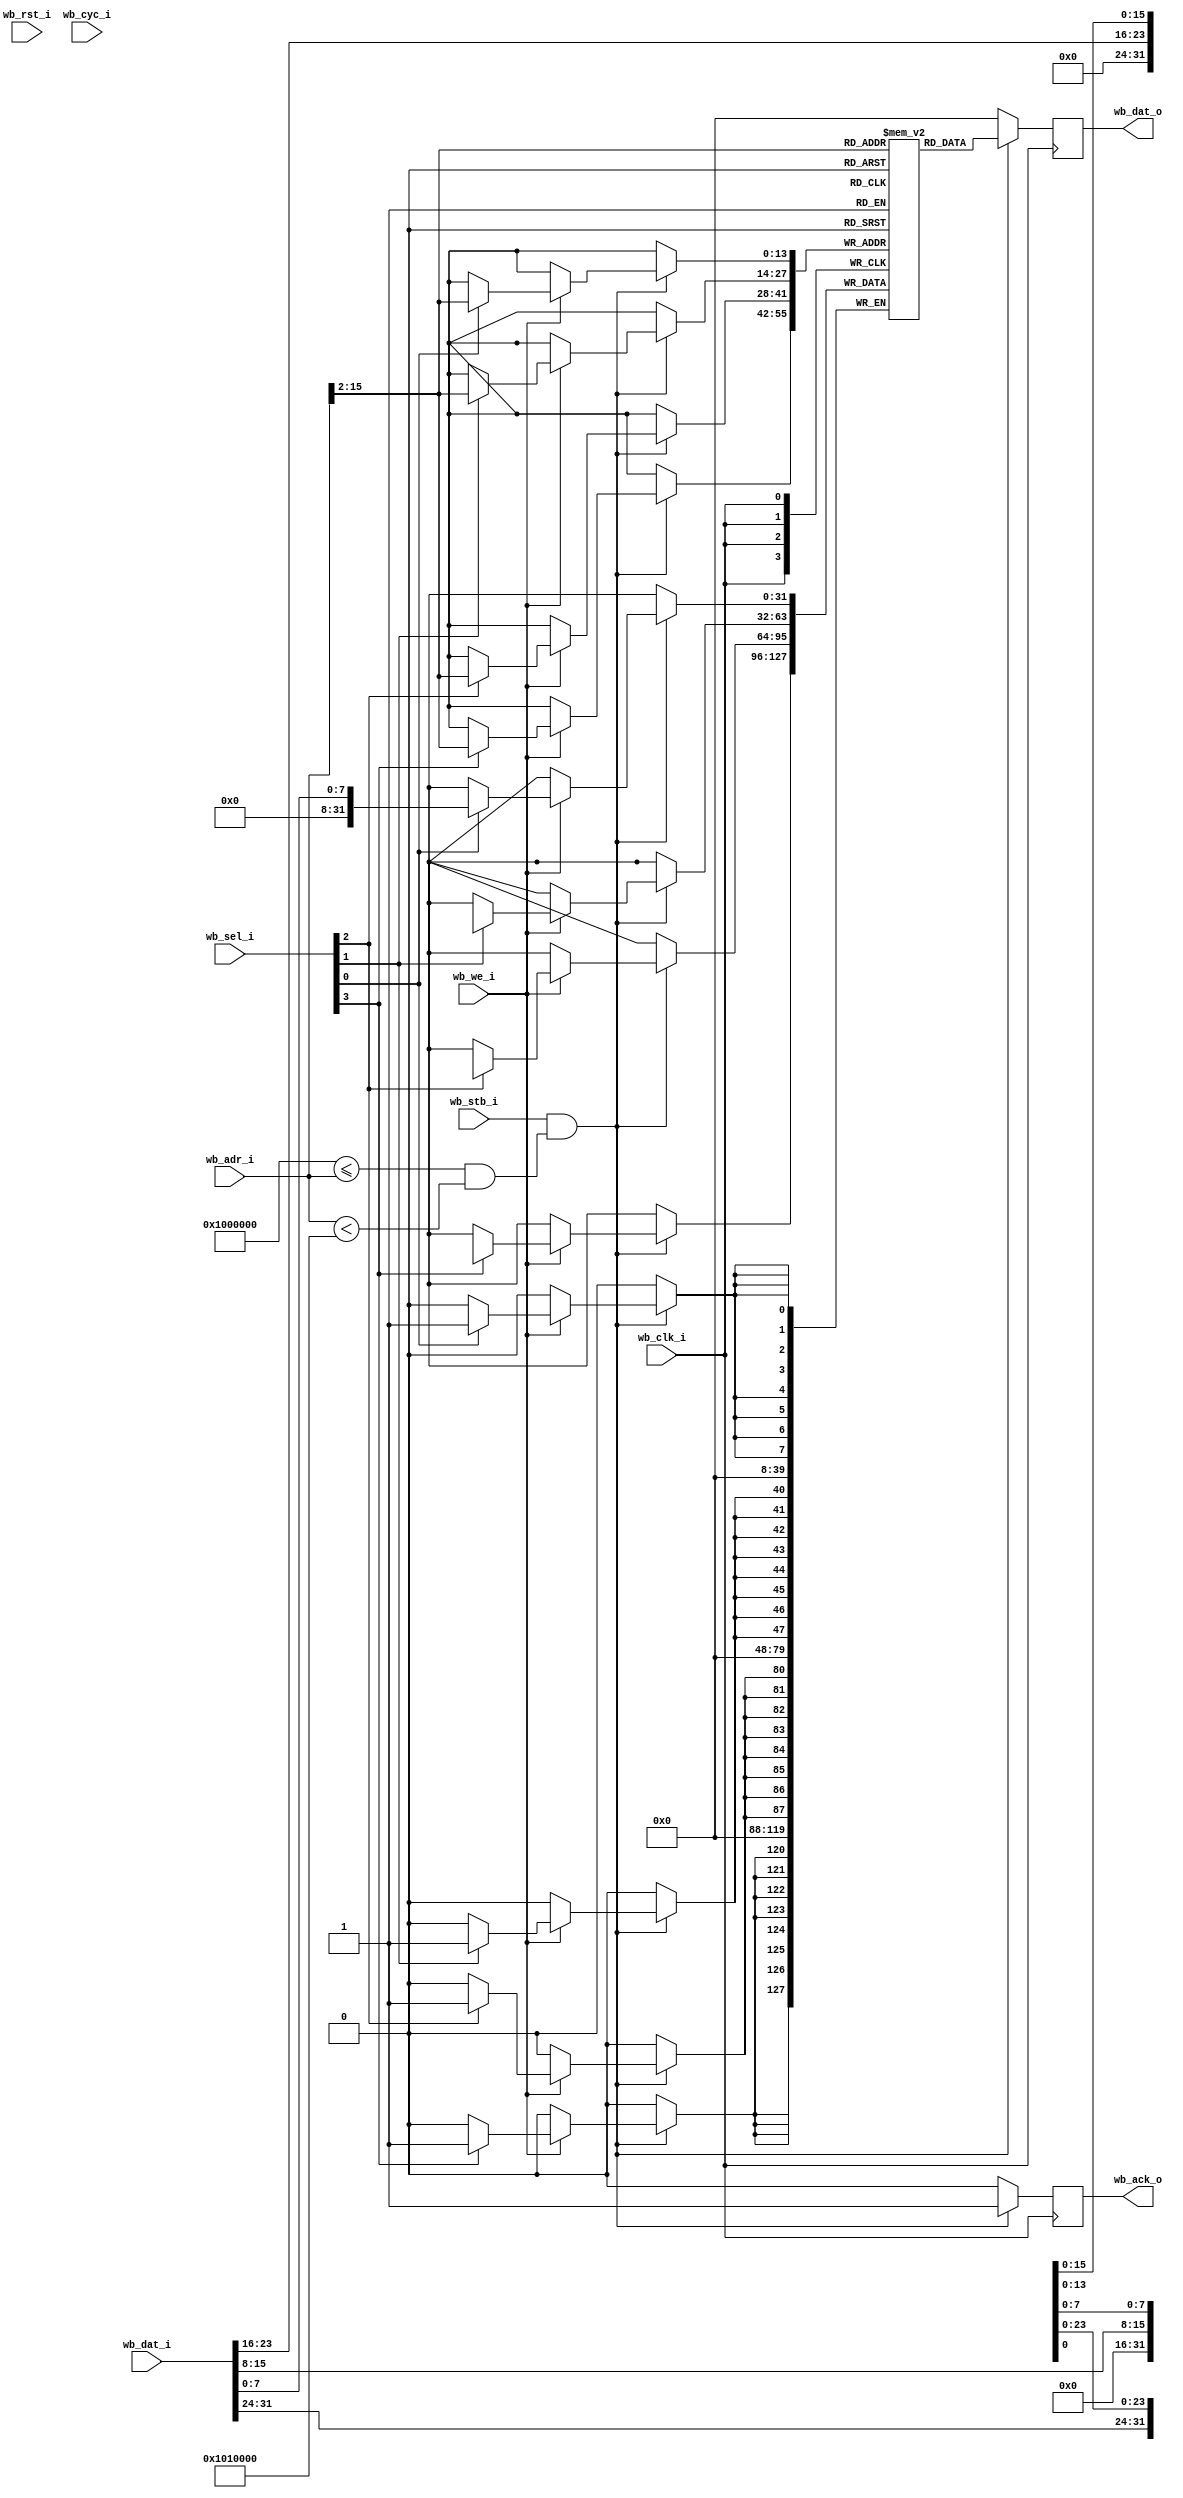
//a simple wishbone memory


module wb_memory #(
	parameter BASE_ADR = 32'h1000000,
	parameter LOG_SIZE = 14, //size in words
	parameter MEMFILE = ""
)(
	input wb_clk_i,
	input wb_rst_i,

	input [31:0] wb_adr_i,
	input [31:0] wb_dat_i,
	input [3:0] wb_sel_i,
	input wb_we_i,
	input wb_cyc_i,
	input wb_stb_i,

	output reg wb_ack_o,
	output reg [31:0] wb_dat_o
	);
	
	reg [31:0] ram[(2**LOG_SIZE-1):0];
	wire adr_selected;
	wire [LOG_SIZE:0] adr_translated;

	initial begin
	  if (MEMFILE != "") begin
	    $readmemh(MEMFILE, ram);
	  end
	end

	//check address
	assign adr_selected = (BASE_ADR <= wb_adr_i) && (wb_adr_i < (BASE_ADR + (4 * 2**LOG_SIZE)));
	assign adr_translated = wb_adr_i>>2;

	always @(posedge wb_clk_i) begin

	    if (wb_stb_i && adr_selected) begin

	    	wb_ack_o <= 1;

	    	wb_dat_o <= ram[adr_translated];

	    	if(wb_we_i) begin

		    	if(wb_sel_i[0]) begin
		        	ram[adr_translated][7:0] <= wb_dat_i[7:0];
		    	end
		    	if(wb_sel_i[1]) begin
		        	ram[adr_translated][15:8] <= wb_dat_i[15:8];
		    	end
		    	if(wb_sel_i[2]) begin
		        	ram[adr_translated][23:16] <= wb_dat_i[23:16];
		    	end
		    	if(wb_sel_i[3]) begin
		        	ram[adr_translated][31:24] <= wb_dat_i[31:24];
		    	end
	    	end
    	end
    	else begin
    		wb_ack_o <= 1'b0;
    		wb_dat_o <= 32'b0;
		end
    end        
endmodule